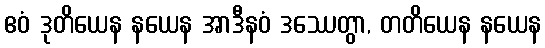
ဧဝံ ဒုတိယေန နယေန အာဒီနဝံ ဒဿေတွာ, တတိယေန နယေန